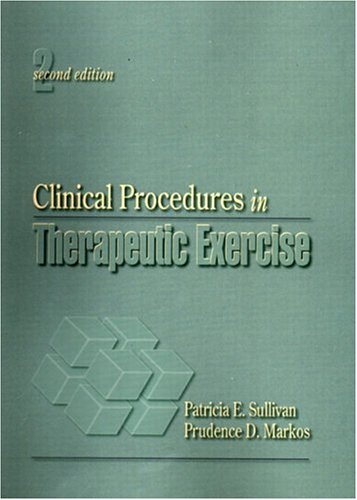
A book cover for Clinical Procedures in Therapeutic Exercise (2nd Edition); Sullivan; Medical Books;